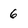
Character: 6